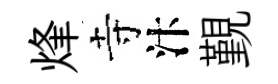
烽寺汴覲